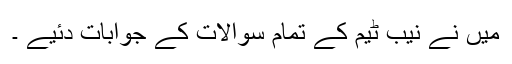
میں نے نیب ٹیم کے تمام سوالات کے جوابات دئیے ۔